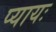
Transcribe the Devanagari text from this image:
प्यायः